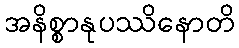
အနိစ္စာနုပဿိနောတိ